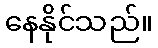
နေနိုင်သည်။